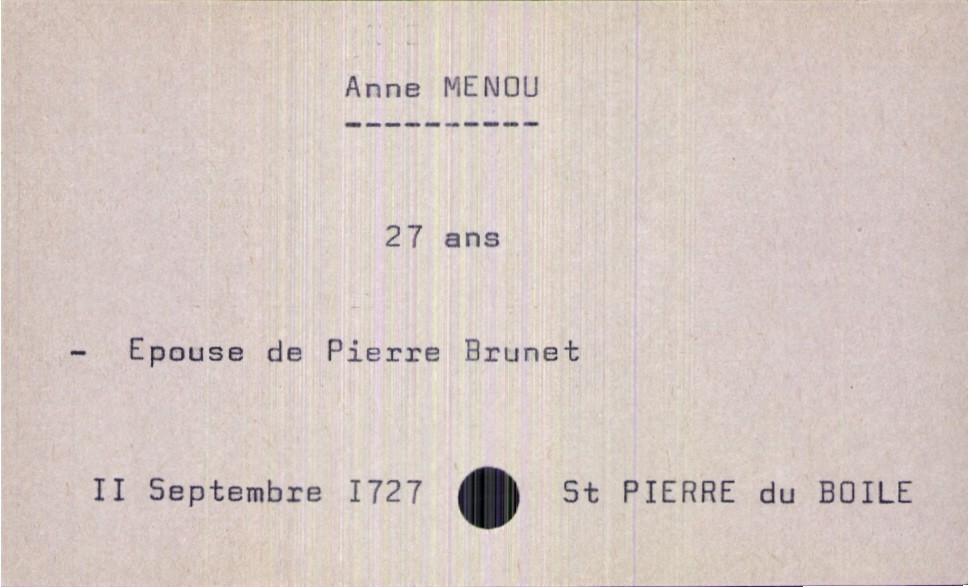
type_acte: Décès
année: 1727
mois: septembre
jour: 11
paroisse: Saint Pierre du Boile
défunt_nom: Menou
défunt_prénom: Anne
défunt_sexe: F
défunt_âge: 27 ans
défunt_statut: marié(e)